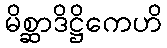
မိစ္ဆာဒိဋ္ဌိကေဟိ